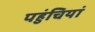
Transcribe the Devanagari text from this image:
पहुंचियां